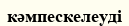
кәмпескелеуді